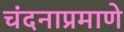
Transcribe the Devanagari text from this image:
चंदनाप्रमाणे